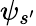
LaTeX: \psi_{s^{\prime}}